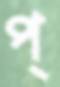
প্